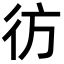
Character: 彷